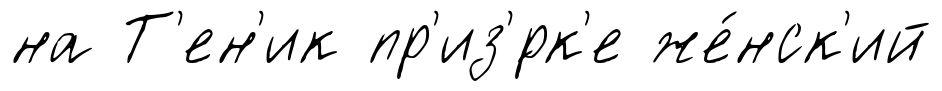
на Т'ен'ик пр'из'́рк'е же́нск'ий